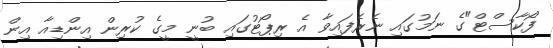
ފޯކާސްޓް"ގެ ނަމުގައި ނެރެފައިވާ އެ ރިޕޯޓުގައި ބުނީ މީގެ ކުރިން އިންޑިއާ އިން